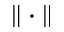
\| \cdot \|